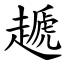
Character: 䞾